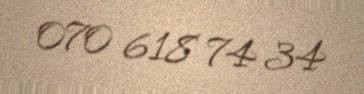
070 618 74 34